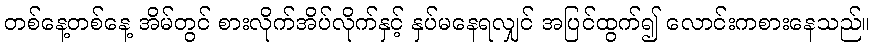
တစ်နေ့တစ်နေ့ အိမ်တွင် စားလိုက်အိပ်လိုက်နှင့် နှပ်မနေရလျှင် အပြင်ထွက်၍ လောင်းကစားနေသည်။